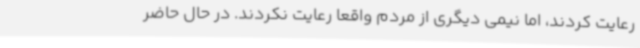
رعایت کردند، اما نیمی دیگری از مردم واقعا رعایت نکردند. در حال حاضر